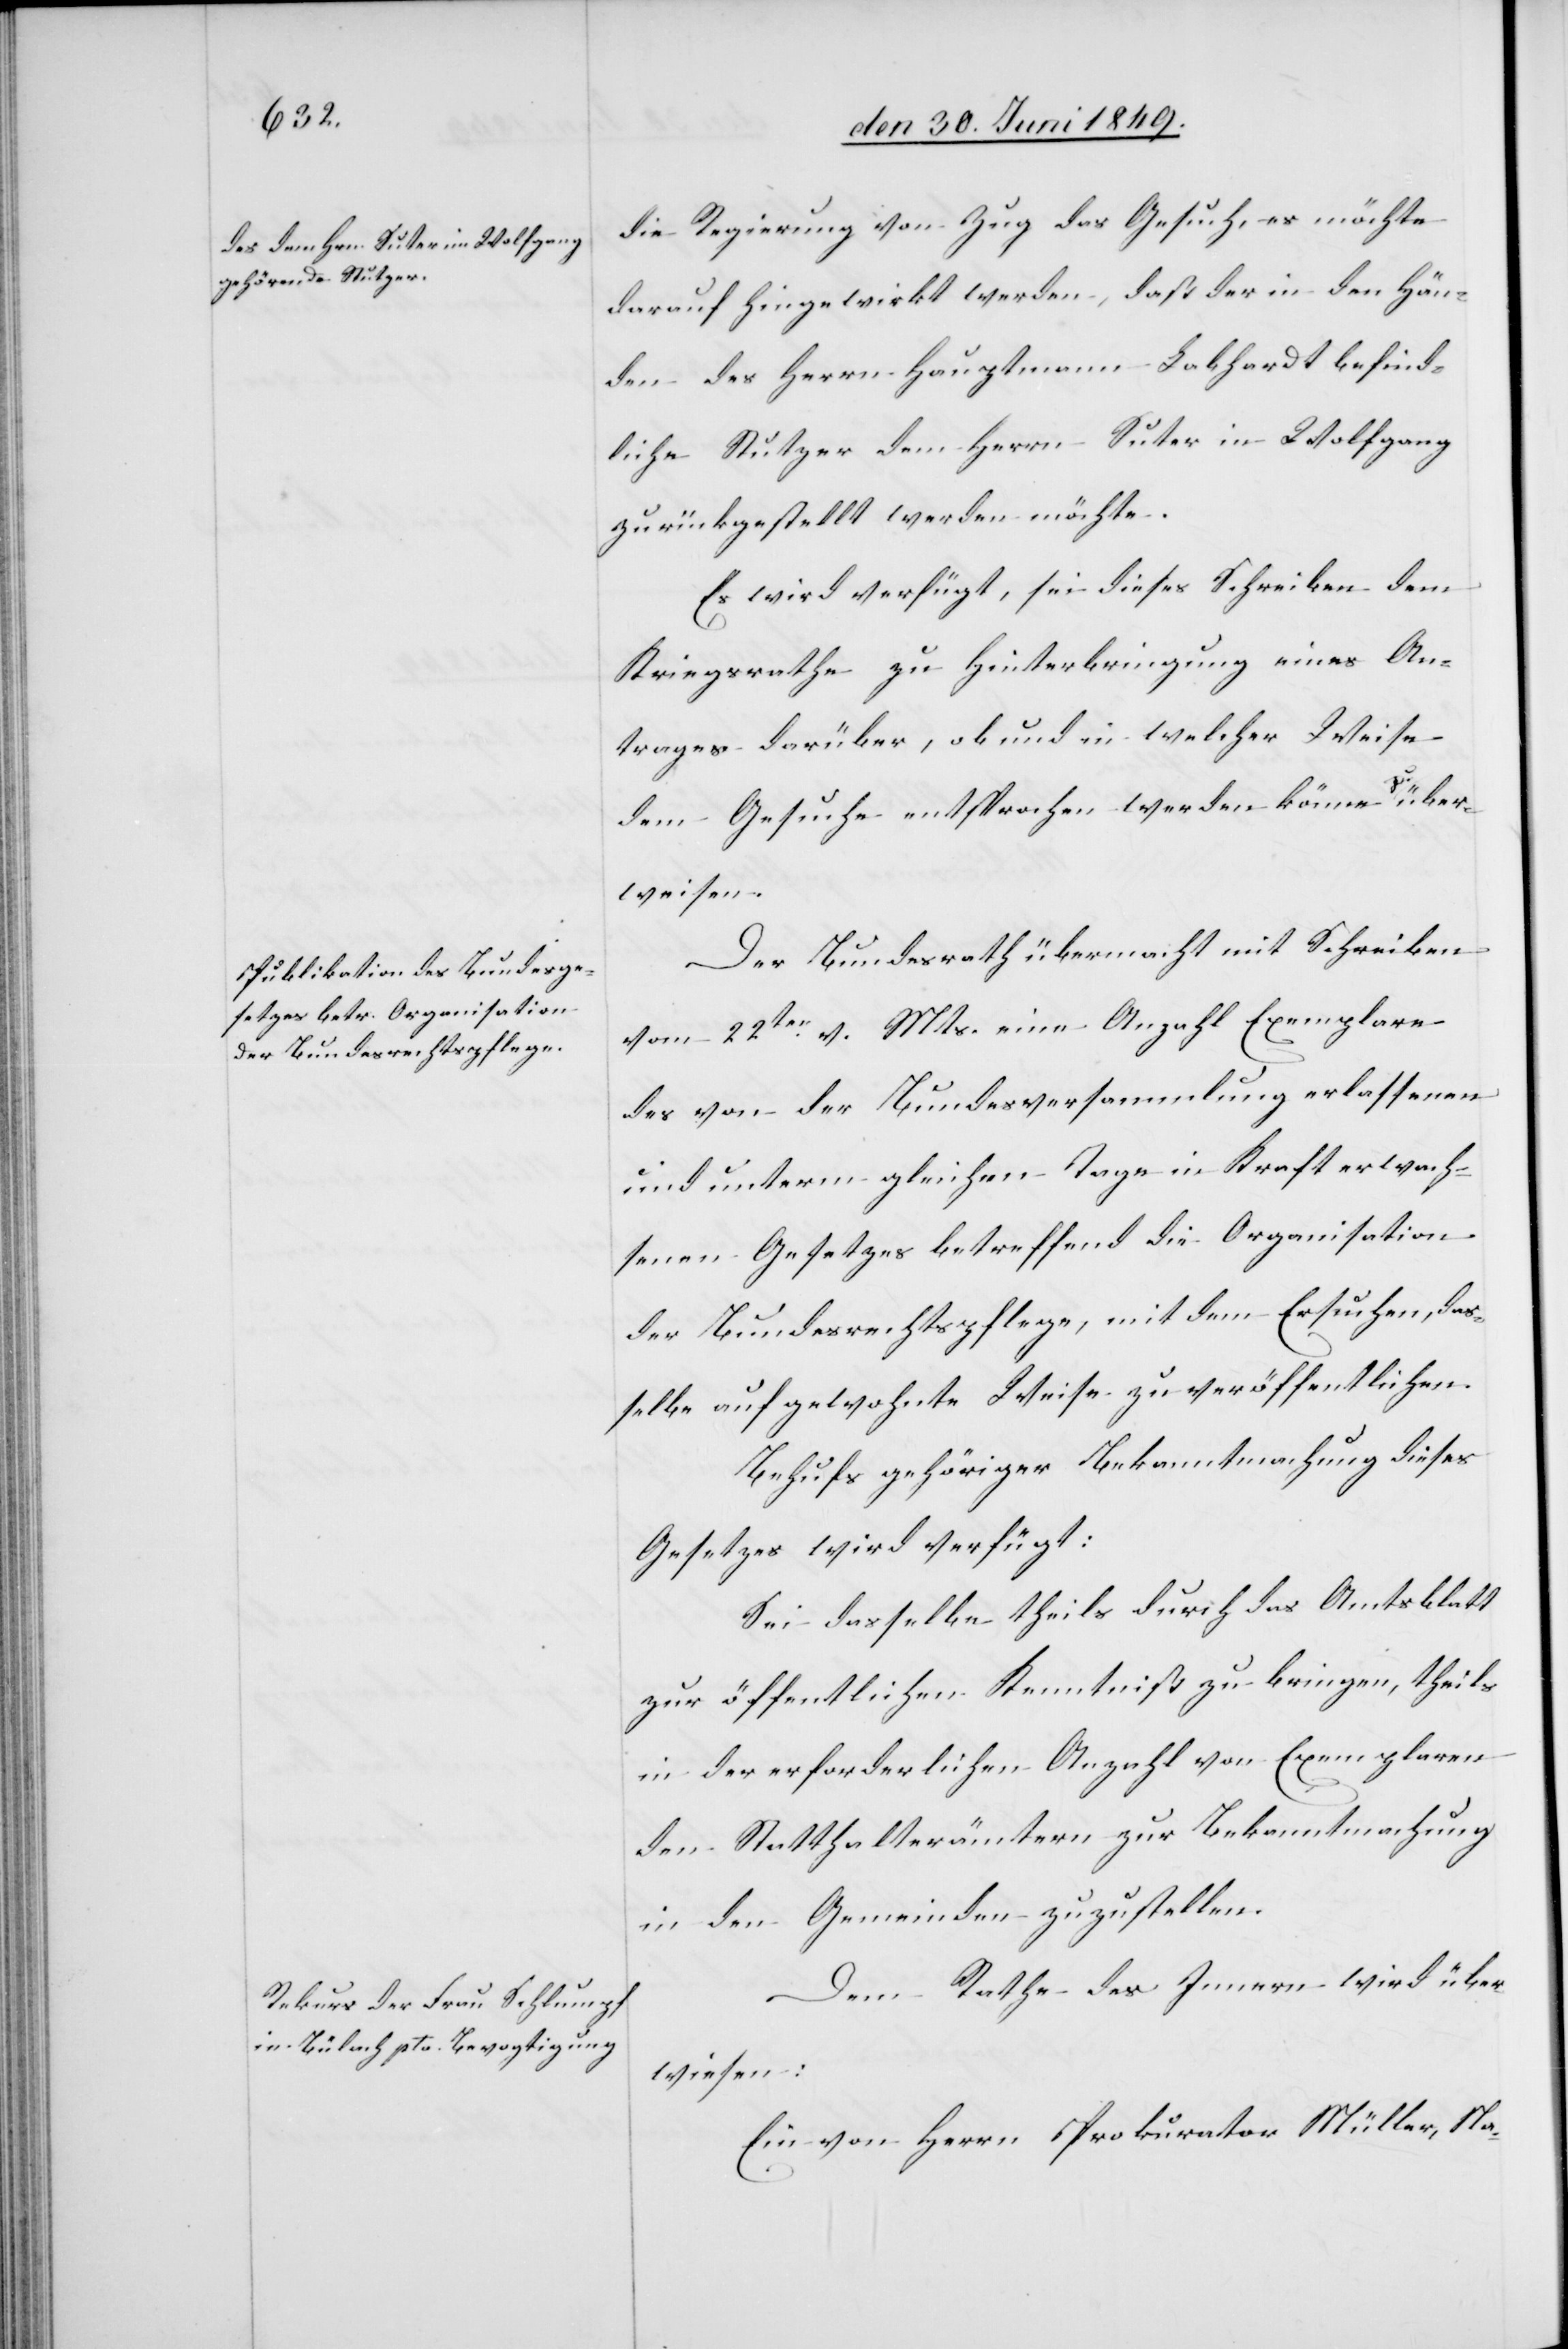
den 1. Juli 1849.]
die Regierung von Zug das Gesuch, es möchte
darauf hingewirkt werden, daß der in den Hän¬
den des Herrn Hauptmann Labhardt befind¬
liche Stutzer dem Herrn Suter in Wolfgang
zurückgestellt werden möchte.
Es wird verfügt, sei dieses Schreiben dem
Kriegsrathe zu Hinterbringung eines An¬
trages darüber, ob und in welcher Weise
dem Gesuche entsprochen werden könne zu über¬
weisen.
Der Bundesrath übermacht mit Schreiben
vom 22ten v. Mts. eine Anzahl Exemplare
des von der Bundesversammlung erlassenen
und unterm gleichem Tage in Kraft erwach¬
senen Gesetzes betreffend die Organisation
der Bundesrechtspflege, mit dem Ersuchen, das¬
selbe auf gewohnte Weise zu veröffentlichen.
Behufs gehöriger Bekanntmachung dieses
Gesetzes wird verfügt:
Sei dasselbe theils durch das Amtsblatt
zur öffentlichen Kenntniß zu bringen, theils
in der erforderlichen Anzahl von Exemplaren
den Statthalterämtern zur Bekanntmachung
in den Gemeinden zuzustellen.
Dem Rathe des Innern wird über¬
wiesen:
Ein von Herrn Prokurator Müller, Na-